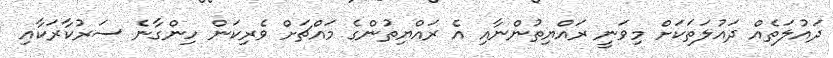
ދައުލަތެއް ދައުލަތަކަށް މިވަނީ ރައްޔިތުންނާއި އެ ރައްޔިތުންގެ މައްޗަށް ވެރިކަން ހިންގާނެ ސަރުކާރަކާއި